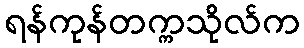
ရန်ကုန်တက္ကသိုလ်က